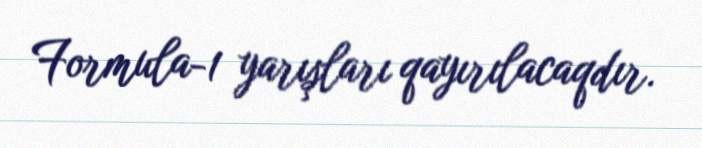
Formula-1 yarışları qayırılacaqdır.